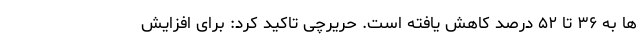
ها به ۳۶ تا ۵۲ درصد کاهش یافته است. حریرچی تاکید کرد: برای افزایش